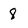
Character: 8